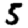
Digit: 5